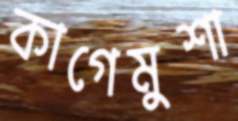
কাগেমুশা